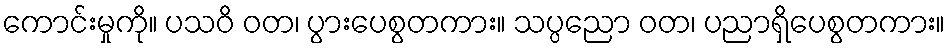
ကောင်းမှုကို။ ပသဝိ ဝတ၊ ပွားပေစွတကား။ သပ္ပညော ဝတ၊ ပညာရှိပေစွတကား။